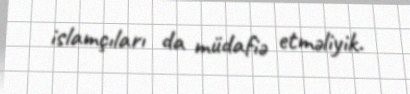
islamçıları da müdafiə etməliyik.